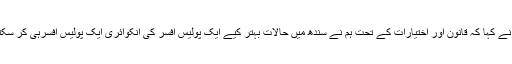
انہوں نے کہا کہ قانون اور اختیارات کے تحت ہم نے سندھ میں حالات بہتر کیے ایک پولیس افسر کی انکوائری ایک پولیس افسرہی کر سکتا ہے۔